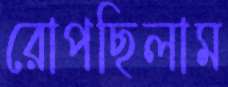
রোপছিলাম